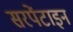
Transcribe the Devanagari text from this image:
सरपेंटाइन